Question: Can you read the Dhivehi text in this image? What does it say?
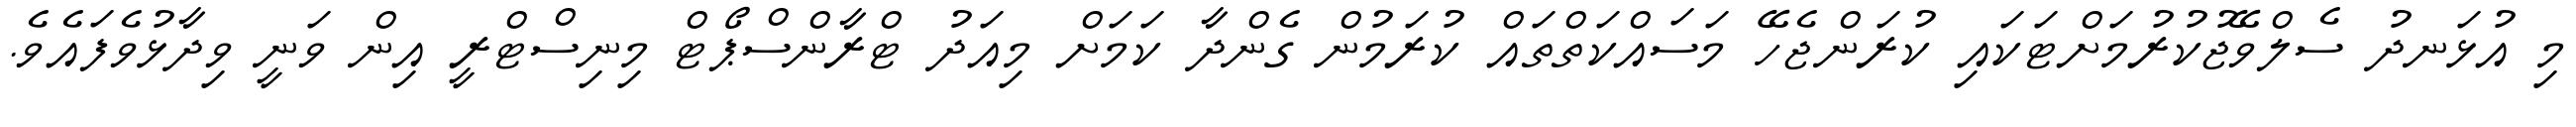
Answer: މި އުޅަނދު ސެލްވޭޖުކުރުމަށްޓަކައި ކުރަންޖެހޭ މަސައްކަތްތައް ކުރަމުން ގެންދާ ކަމަށް މިއަދު ޓްރާންސްޕޯޓް މިނިސްޓްރީ އިން ވަނީ ވިދާޅުވެފައެވެ.